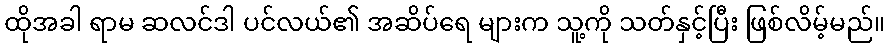
ထိုအခါ ရာမ ဆလင်ဒါ ပင်လယ်၏ အဆိပ်ရေ များက သူ့ကို သတ်နှင့်ပြီး ဖြစ်လိမ့်မည်။